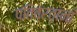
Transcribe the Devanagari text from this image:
पतिव्रतानां